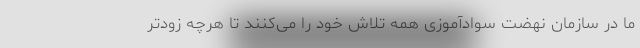
ما در سازمان نهضت سوادآموزی همه تلاش خود را می‌کنند تا هرچه زودتر